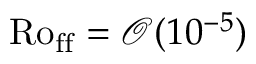
\mathrm { R o _ { f f } } = \mathcal { O } ( 1 0 ^ { - 5 } )